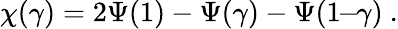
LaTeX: \chi(\gamma)=2\Psi(1)-\Psi(\gamma)-\Psi(1\! \! -\! \! \gamma)\ .